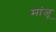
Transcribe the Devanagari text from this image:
मांजू